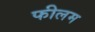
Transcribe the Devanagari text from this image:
फीलम